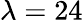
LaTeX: \lambda=24